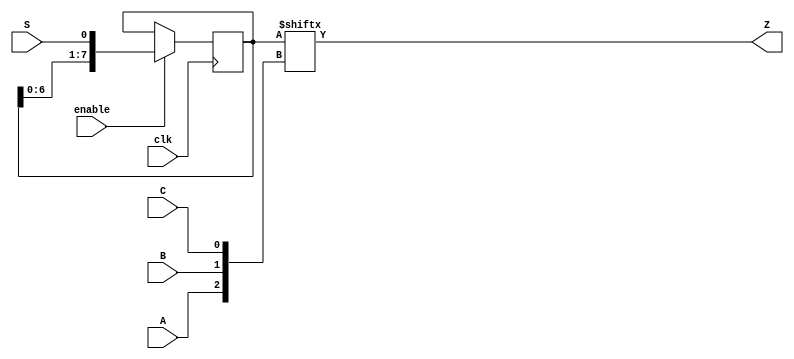
module top_module (
    input clk,
    input enable,
    input S,
    input A, B, C,
    output Z 
    ); 
reg[7:0] q;
    //first define the shift register
    always @(posedge clk) begin
        if(enable) begin
            q[7:0] <= {q[6:0], S};
        end else begin
            q[7:0] <= q[7:0];
        end
    end 
    //then define the 3-input LUT
    assign Z = q[{A,B,C}];
endmodule